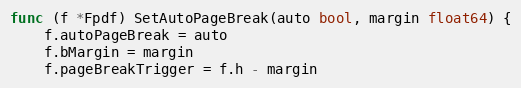
Language: Go
func (f *Fpdf) SetAutoPageBreak(auto bool, margin float64) {
	f.autoPageBreak = auto
	f.bMargin = margin
	f.pageBreakTrigger = f.h - margin